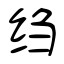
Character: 绉